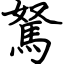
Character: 駑